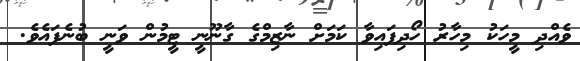
ވެއްދި މީހަކު މިހާރު ހޯދިފައިވާ ކަމަށް ނާޒިމްގެ ގާނޫނީ ޓީމުން ވަނީ ބުނެފައެވެ.